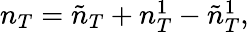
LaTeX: \begin{array}{r}{n_{T}=\tilde{n}_{T}+n_{T}^{1}-\tilde{n}_{T}^{1},}\end{array}